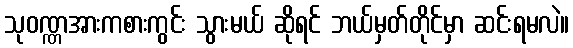
သုဝဏ္ဏအားကစားကွင်း သွားမယ် ဆိုရင် ဘယ်မှတ်တိုင်မှာ ဆင်းရမလဲ။